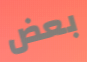
بعض